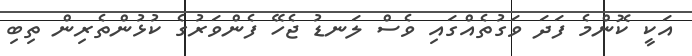
އަކީ ކޮންމެ ފަދަ ވަގުތެއްގައި ވެސް ލަނޑު ޖެހޭ ފެންވަރުގެ ކުޅުންތެރިން ތިބި